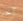
آخر